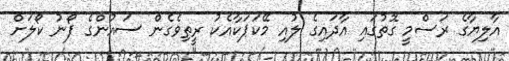
އާލިޔާގެ ރަސްމީ ގޮތުގައި އާދައިގެ ލުއި މޭކަޕަކާއެކު ރީތިވެގެން ސައުންގެ ފޯނު ކޯލަށް